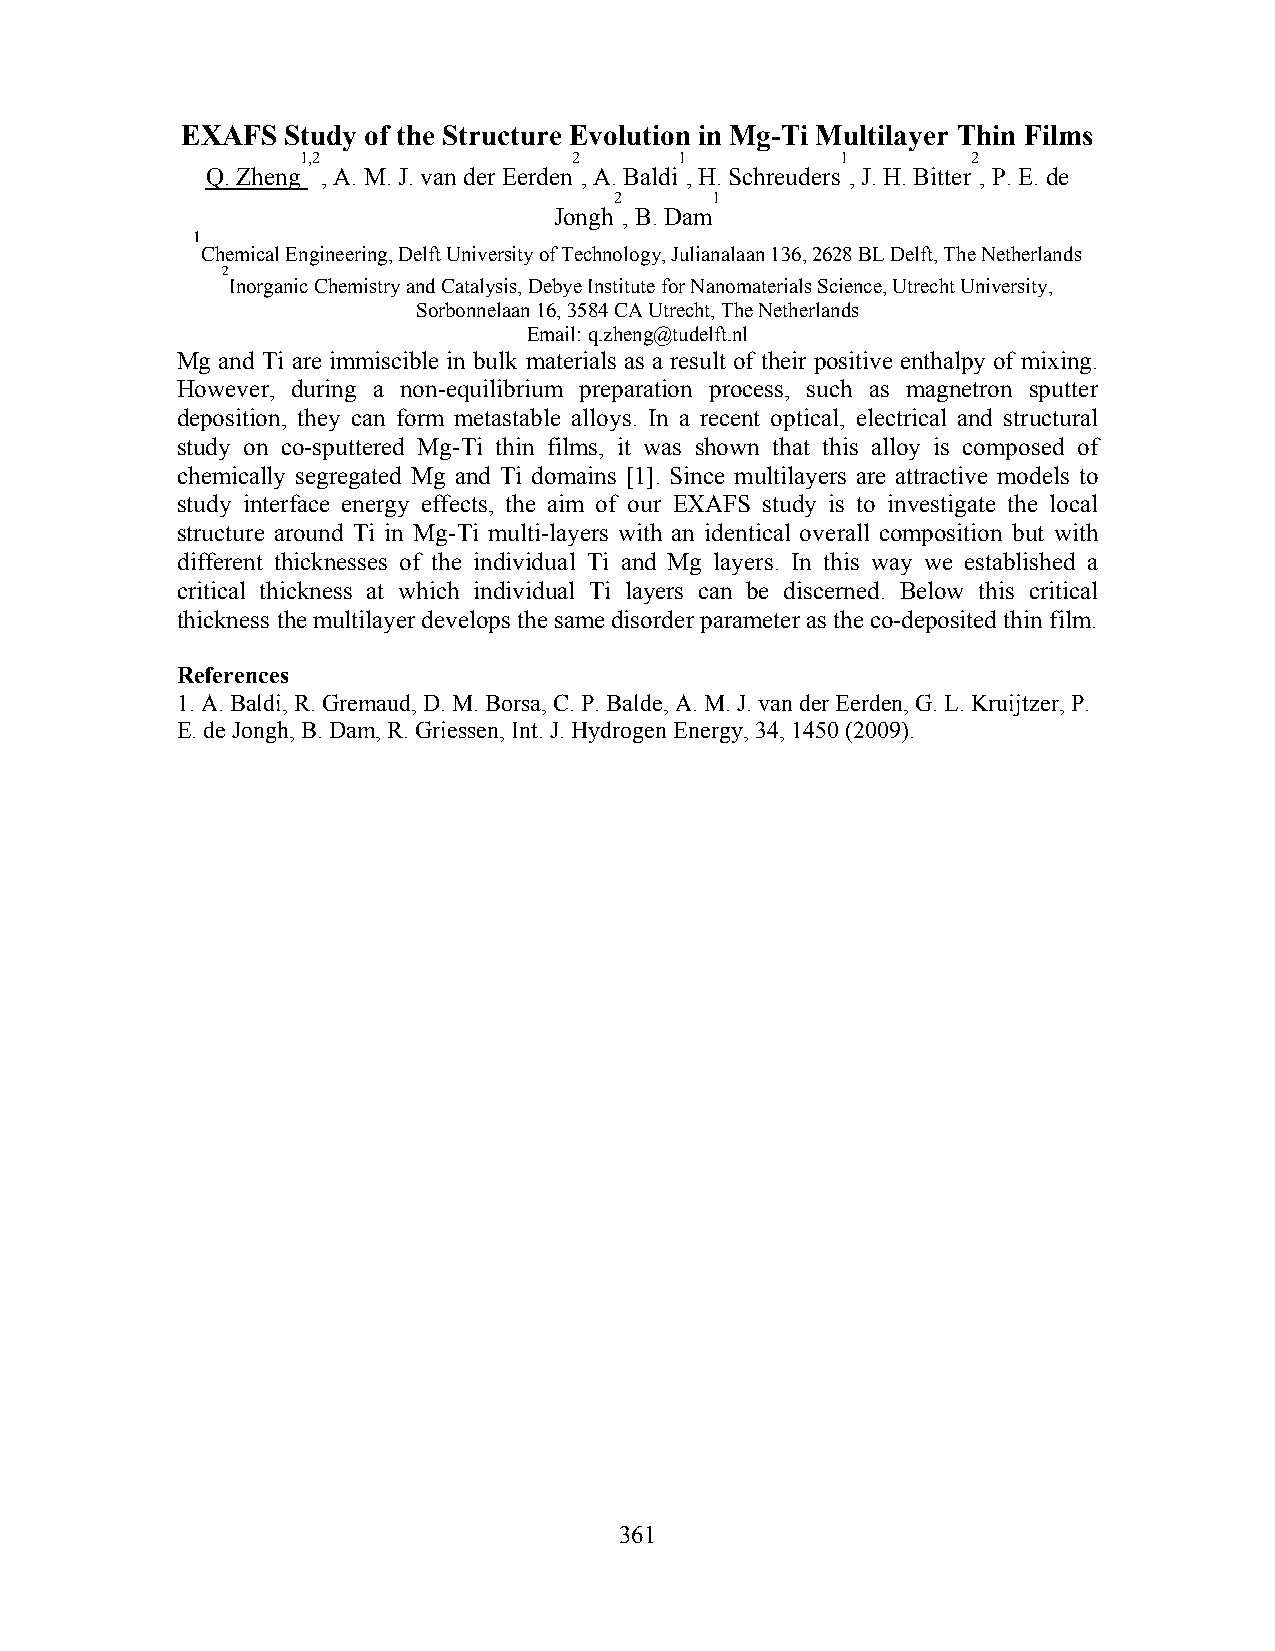
EXAFS  Study of the Structure Evolution in Mg-Ti Multilayer Thin Films
 1,2               2      1          1       2
 Q. Zheng , A. M. J. van der Eerden , A. Baldi , H. Schreuders , J. H. Bitter , P. E. de
 2     1
 Jongh , B. Dam
 1
 Chemical Engineering, Delft University of Technology, Julianalaan 136, 2628 BL Delft, The Netherlands
 2
 Inorganic Chemistry and Catalysis, Debye Institute for Nanomaterials Science, Utrecht University,
 Sorbonnelaan 16, 3584 CA Utrecht, The Netherlands
 Email: q.zheng@tudelft.nl
 Mg and Ti are immiscible in bulk materials as a result of their positive enthalpy of mixing.
 However, during a non-equilibrium preparation process, such as magnetron sputter
 deposition, they can form metastable alloys. In a recent optical, electrical and structural
 study on co-sputtered Mg-Ti thin films, it was shown that this alloy is composed of
 chemically segregated Mg and Ti domains [1]. Since multilayers are attractive models to
 study interface energy effects, the aim of our EXAFS study is to investigate the local
 structure around Ti in Mg-Ti multi-layers with an identical overall composition but with
 different thicknesses of the individual Ti and Mg layers. In this way we established a
 critical thickness at which individual Ti layers can be discerned. Below this critical
 thickness the multilayer develops the same disorder parameter as the co-deposited thin film.
 References
 1. A. Baldi, R. Gremaud, D. M. Borsa, C. P. Balde, A. M. J. van der Eerden, G. L. Kruijtzer, P.
 E. de Jongh, B. Dam, R. Griessen, Int. J. Hydrogen Energy, 34, 1450 (2009).
 361